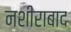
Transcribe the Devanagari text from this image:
नशीराबाद